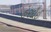
હરદૌઈ